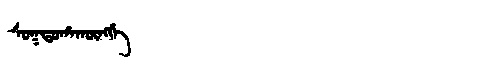
Manchu: ᠰᠣᡴᡨᠣᡥᠠᡴᡡᠩᡤᡝ
Romanization: SOKTOHAKŪNGGE